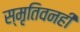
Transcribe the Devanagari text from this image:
स्मृतिवनही